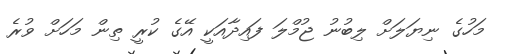
މަހުގެ ނިޔަލަށް ލިބުނު ޖުމްލަ ފައިދާއަކީ އޭގެ ކުރީ ތިން މަހަށް ވުރެ